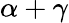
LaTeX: \alpha+\gamma